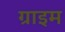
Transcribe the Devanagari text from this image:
ग्राइम